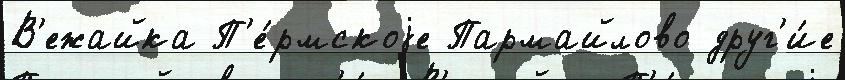
В'ежайка П'е́рмскоjе Пармайлово друг'и́е